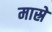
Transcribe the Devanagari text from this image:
मास्रे